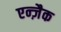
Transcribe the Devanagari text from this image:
एन्ज़ैक